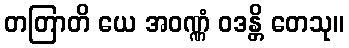
တတြာတိ ယေ အဝဏ္ဏံ ဝဒန္တိ တေသု။